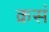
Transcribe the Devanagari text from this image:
क्रसं